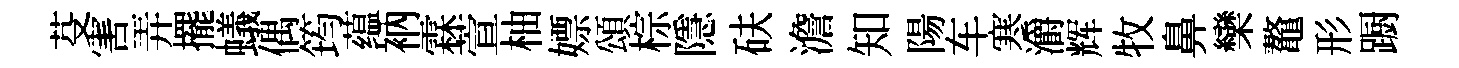
芟害弄擺蟻偶筠蕴衲霖萱柚嫖頌棕隱砆澹知陽车寒灂辉牧鼻欒鼇形蹰